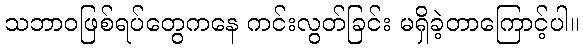
သဘာဝဖြစ်ရပ်တွေကနေ ကင်းလွတ်ခြင်း မရှိခဲ့တာကြောင့်ပါ။